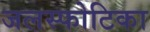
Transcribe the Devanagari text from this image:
जलस्फोटिका